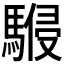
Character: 𩤨